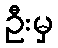
ဦးမှ